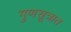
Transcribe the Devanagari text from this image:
गुणसूत्रात